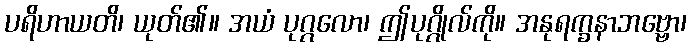
ပရိဟာယတိ၊ ယုတ်၏။ အယံ ပုဂ္ဂလော၊ ဤပုဂ္ဂိုလ်ကို။ အနုရက္ခနာဘဗ္ဗော၊